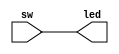
`timescale 1ns / 1ps
//////////////////////////////////////////////////////////////////////////////////
// Company: 
// Engineer: 
// 
// Design Name: 
// Module Name: sw_led
// Project Name: 
// Target Devices: 
// Tool Versions: 
// Description: 
// 
// Dependencies: 
// 
// Revision:
// Revision 0.01 - File Created
// Additional Comments:
// 
//////////////////////////////////////////////////////////////////////////////////


module sw_led(
    // Slide switch inputs
    input [15:0]sw,
    // Led outputs
    output [15:0]led
    );
    
    // Assign each sw to it's respective led
    assign led = sw;
endmodule